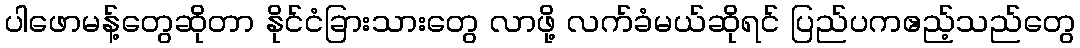
ပါဖောမန့်တွေဆိုတာ နိုင်ငံခြားသားတွေ လာဖို့ လက်ခံမယ်ဆိုရင် ပြည်ပကဧည့်သည်တွေ